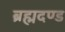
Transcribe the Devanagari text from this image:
ब्रह्मदण्ड